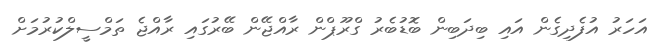
އަހަރު އުފެދިގެން އައި ބިދަބިން ބޮޑުބެރު ގްރޫޕްން ރާއްޖޭން ބޭރުގައި ރާއްޖެ ތަމްސީލްކުރުމަށް